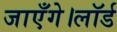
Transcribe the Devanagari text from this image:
जाएँगे।लॉर्ड